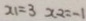
x _ { 1 } = 3 x _ { 2 } = - 1